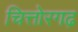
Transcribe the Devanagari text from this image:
चित्तोरगढ़